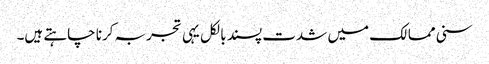
سنی ممالک میں شدت پسند بالکل یہی تجربہ کرنا چاہتے ہیں۔